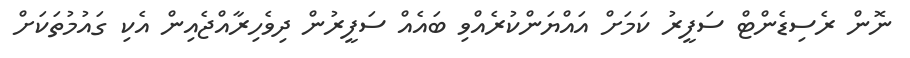
ނޮން ރެސިޑެންޓް ސަފީރު ކަމަށް އައްޔަންކުރެއްވި ބައެއް ސަފީރުން ދިވެހިރާއްޖެއިން އެކި ގައުމުތަކަށް